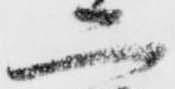
二